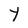
Character: Y